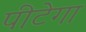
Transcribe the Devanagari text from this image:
पीटेगा